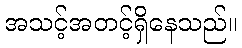
အသင့်အတင့်ရှိနေသည်။